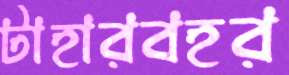
টাহারবহর